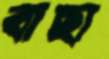
বাছা